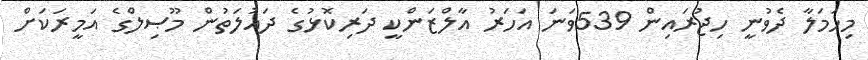
މިހަމަލާ ދެވުނީ ހިޖުރައިން 539ވަނަ އަހަރު އާލްޒަންކީ ދަރިކޮޅުގެ ދައުލަތުން މޫޞިލްގެ އަމީރަކަށް